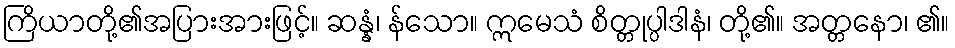
ကြိယာတို့၏အပြားအားဖြင့်။ ဆန္နံ၊ န်သော။ ဣမေသံ စိတ္တုပ္ပါဒါနံ၊ တို့၏။ အတ္တနော၊ ၏။